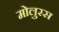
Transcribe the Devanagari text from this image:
मोलुरस